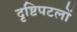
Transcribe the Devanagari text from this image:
दृष्टिपटलों